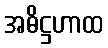
အဓိဋ္ဌဟာထ